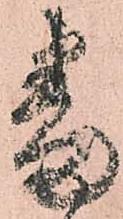
番